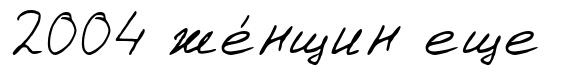
2004 же́нщин еще